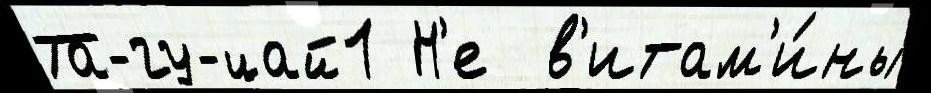
Та-гу-цай1 Н'е  в'итам'и́ны